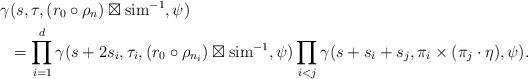
LaTeX: \begin{align*} \gamma &(s,\tau,(r_0 \circ \rho_n) \boxtimes {\rm sim}^{-1},\psi) \\ &=\prod_{i=1}^{d} \gamma(s + 2s_i, \tau_i, (r_0 \circ \rho_{n_i}) \boxtimes {\rm sim}^{-1},\psi) \prod_{i<j} \gamma(s + s_i + s_j,\pi_i \times (\pi_j \cdot \eta),\psi).\end{align*}